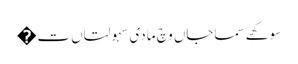
سوکھے سماجاں وچ مادی سہولتاں ت�